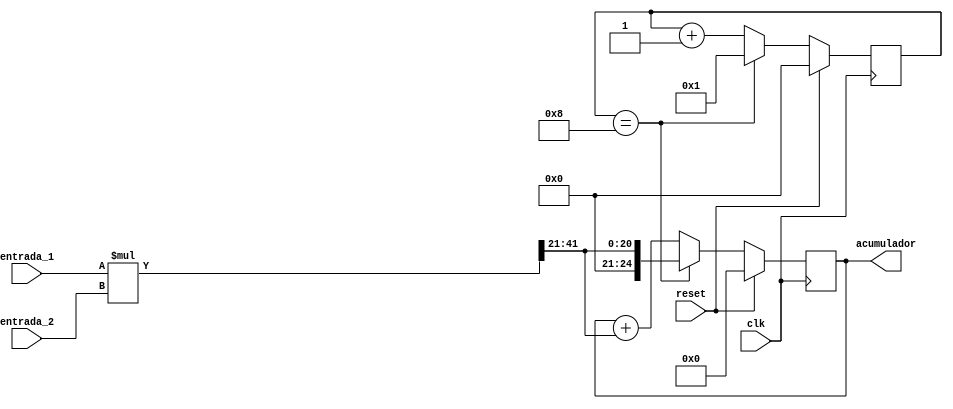

`timescale 1ns/1ns
module MAC(
    input clk,
    input reset,
    input [20:0] entrada_1,
	input [20:0] entrada_2,
    output reg [24:0] acumulador
	);

wire [41:0] n1;
wire [20:0] resultado;
reg [3:0] contador;

/* En cada flanco de subida del CLK, Multiplica ambas entradas
y las va sumando*/

assign n1 = entrada_1 * entrada_2;
assign resultado = n1[41:21];

always @(posedge clk)
    begin
    if (reset)
        begin
            acumulador <= 0;
            contador <= 0;
        end
    else if (contador == 8)
        begin
            contador <= 1;
            acumulador <= resultado;
        end
    else if (contador == 7)
        begin
            contador <= contador + 1;
            acumulador <= acumulador + resultado;
        end
    else
        begin
        contador <= contador + 1;
        acumulador <= acumulador + resultado;
        end
    end
endmodule
/* Al multiplicar dos numeros binarios, quedaran
el doble de bits como parte real, y el doble
de bits como parte decimal.*/
/*10 de unidad y resto de fraccion*/